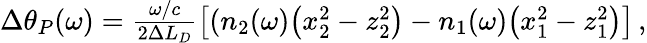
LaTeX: \begin{array}{r}{\Delta\theta_{P}(\omega)=\frac{\omega/c}{2\Delta L_{D}}\left[(n_{2}(\omega)\big(x_{2}^{2}-z_{2}^{2}\big)-n_{1}(\omega)\big(x_{1}^{2}-z_{1}^{2}\big)\right]\, ,}\end{array}